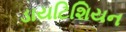
ડાયટિશિયન